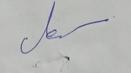
Signature authenticity: genuine